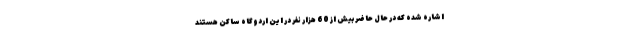
اشاره شده که در حال حاضر بیش از 60 هزار نفر در این اردوگاه ساکن هستند